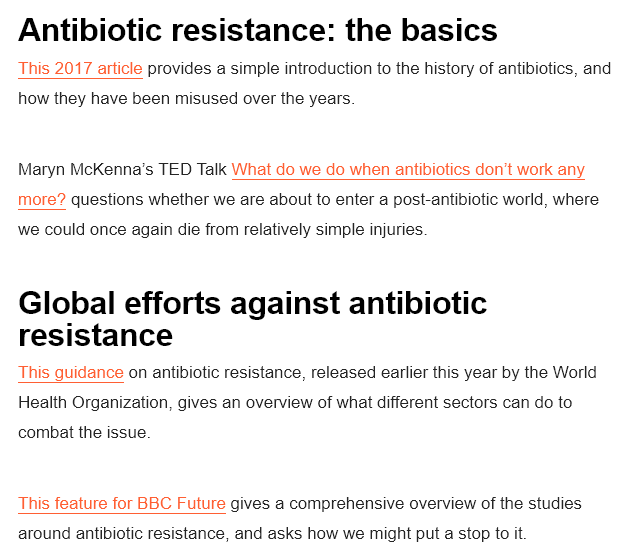
Antibiotic    resistance:    the    basics
   JInis 201/ article provides a simple introduction to the history of antibiotics, and
   how they have been misused over the years.
   Maryn McKenna’s  TED Talk What do we do when antibiotics don’t work any
   more? questions whether we are about to enter a post-antibiotic world, where
   we could once again die from relatively simple iniuries.
   Global    efforts    against    antibiotic
   resistance
   this guidance on antibiotic resistance, released earlier this year by the Vvorid
   Health Organization, gives an overview of what different sectors can do to
   combat the issue.
   This feature for BBC Future gives a comprehensive overview of the studies
   around antibiotic resistance, and asks how we might put a stop to it.